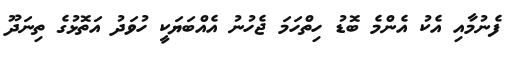
ފެނުމާއި އެކު އެންމެ ބޮޑު ހިތްހަމަ ޖެހުނު އެއްބަޔަކީ ހުވަދު އަތޮޅުގެ ތިނަދޫ